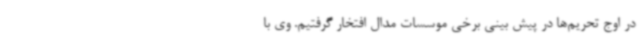
در اوج تحریم‌ها در پیش بینی برخی موسسات مدال افتخار گرفتیم. وی با